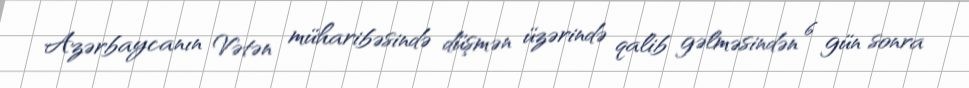
Azərbaycanın Vətən müharibəsində düşmən üzərində qalib gəlməsindən 6 gün sonra